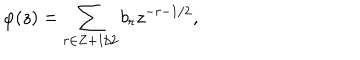
LaTeX: \varphi ( z ) = \sum _ { r \in Z + 1 / 2 } b _ { r } z ^ { - r - 1 / 2 } ,